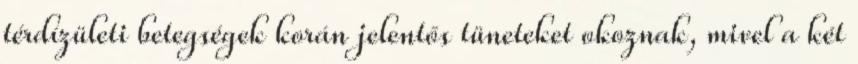
térdízületi betegségek korán jelentős tüneteket okoznak, mivel a két